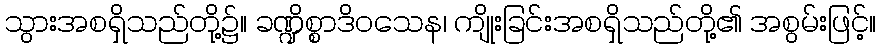
သွားအစရှိသည်တို့၌။ ခဏ္ဍိစ္စာဒိဝသေန၊ ကျိုးခြင်းအစရှိသည်တို့၏ အစွမ်းဖြင့်။